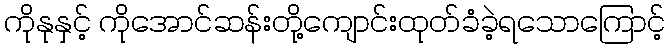
ကိုနုနှင့် ကိုအောင်ဆန်းတို့ကျောင်းထုတ်ခံခဲ့ရသောကြောင့်